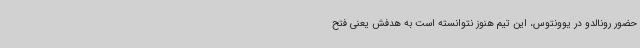
حضور رونالدو در یوونتوس، این تیم هنوز نتوانسته است به هدفش یعنی فتح